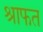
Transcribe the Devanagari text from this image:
श्राफत